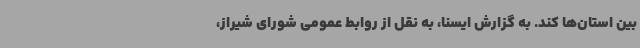
بین استان‌ها کند. به گزارش ایسنا، به نقل از روابط عمومی شورای شیراز،